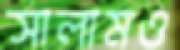
সালামও